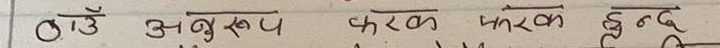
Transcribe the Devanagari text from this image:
ठाउँ अनुरूप फरक फरक हुन्छ